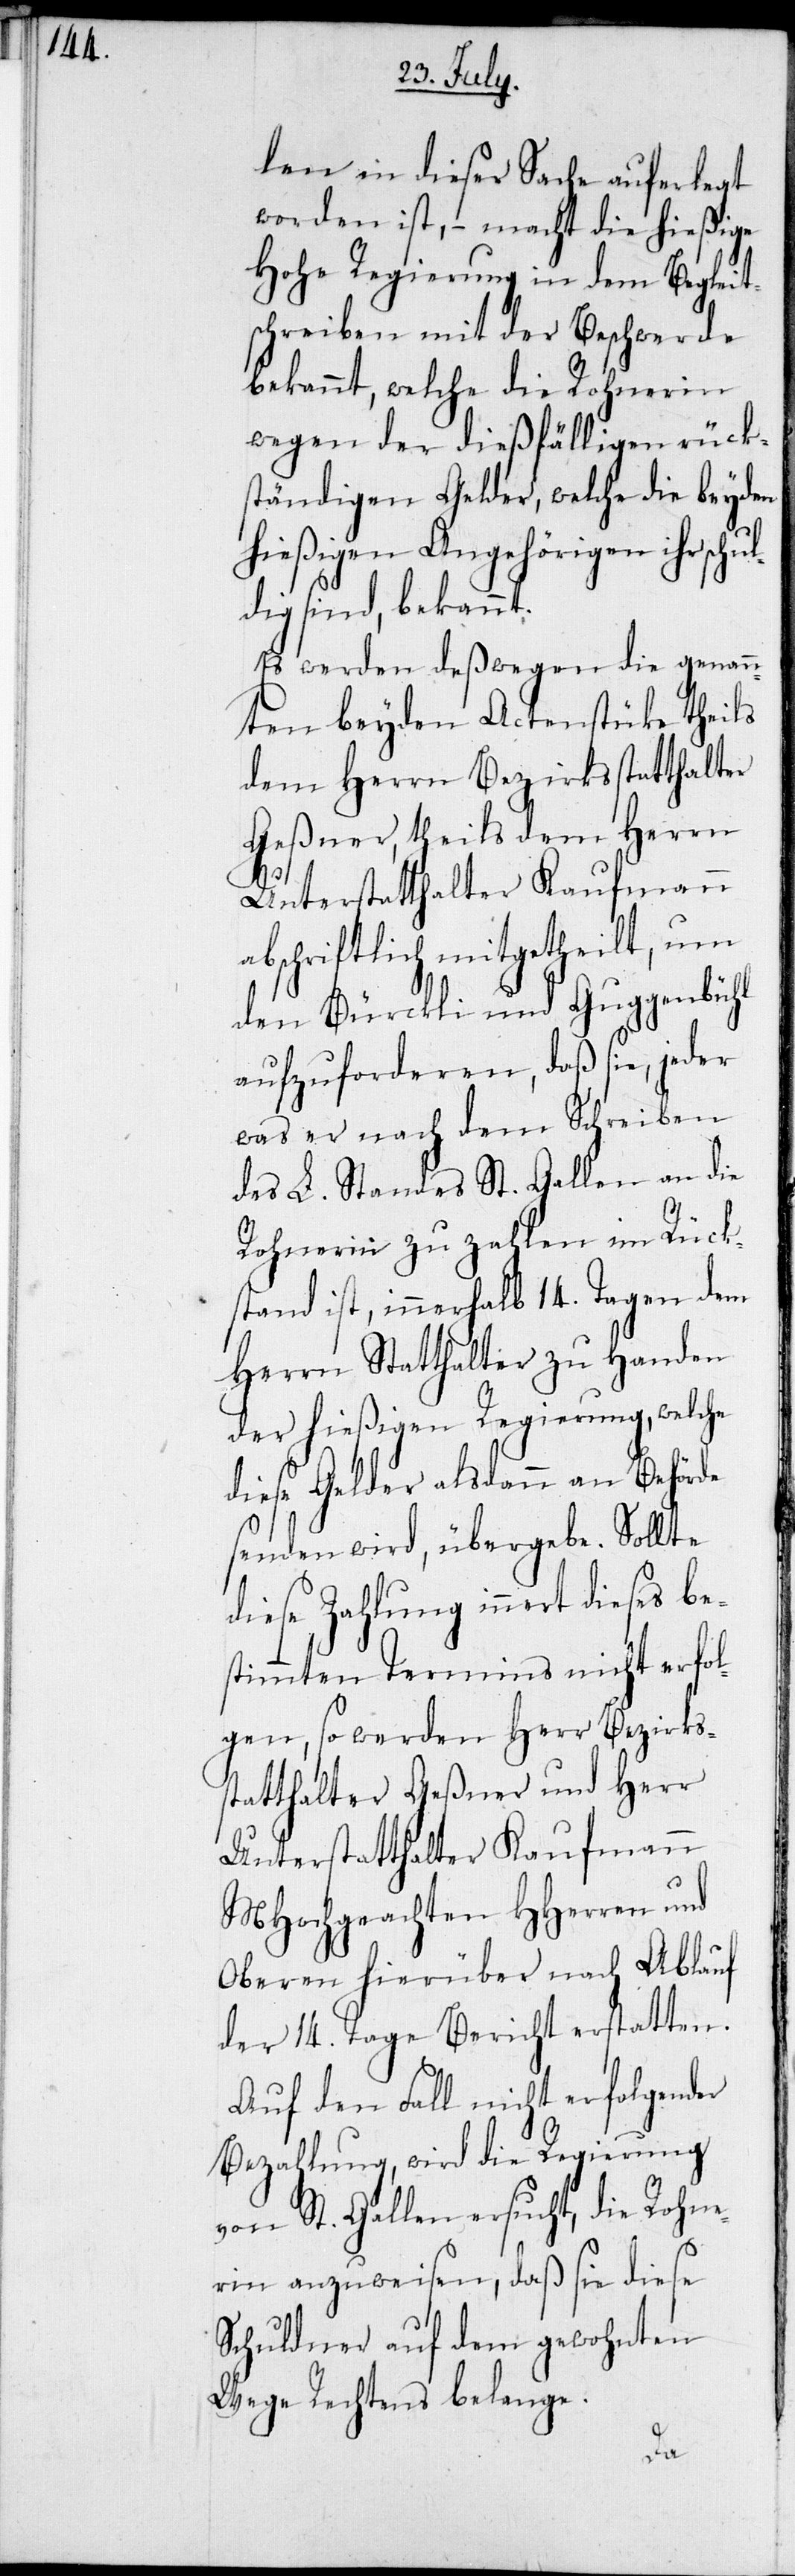
len in dieser Sache auferlegt
worden ist, – macht die hießige
Hohe Regierung in dem Begleit¬
schreiben mit der Beschwerde
bekannt, welche die Rohnerin
wegen der dießfälligen rück¬
ständigen Gelder, welche die beyden
hießigen Angehörigen ihr schu¬
ldig sind, bekannt.
Es werden deßwegen die genan¬
nten beyden Actenstüke theils
dem Herrn Bezirksstatthalter
Geßner, theils dem Herrn
Unterstatthalter Kaufmann
abschriftlich mitgetheilt, um
den Bürckli und Guggenbühl
aufzuforderen, daß sie, jeder
was er nach dem Schreiben
des L. Standes St. Gallen an die
Rohnerin zu zahlen im Rück¬
stand ist, innerhalb 14. Tagen dem
Herrn Statthalter zu Handen
der hießigen Regierung, welche
diese Gelder alsdann an Behörde
senden wird, übergebe. Sollte
diese Zahlung innert dieses be¬
stimmten Termins nicht erfol¬
gen, so werden Herr Bezirkss¬
tatthalter Geßner und Herr
Unterstatthalter Kaufmann
MHochgeachten HHerren und
Oberen hierüber nach Ablauf
der 14. Tage Bericht erstatten.
Auf den Fall nicht erfolgender
Bezahlung, wird die Regierung
von St. Gallen ersucht, die Rohne¬
rin anzuweisen, daß sie diese
Schuldner auf dem gewohnten
Wege Rechtens belange.